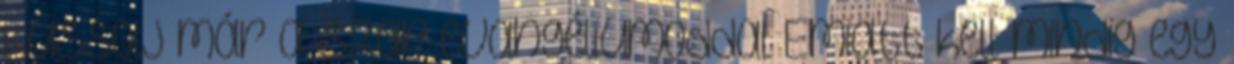
kussolj már a szar evangéliumoddal Emiatt kell mindig egy